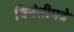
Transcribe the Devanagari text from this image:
विनंतीपत्रे